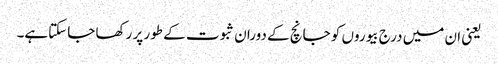
یعنی ان میں درج بیوروں کو جانچ کے دوران ثبوت کے طور پر رکھا جاسکتاہے۔